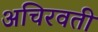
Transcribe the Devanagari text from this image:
अचिरवती